Document type: Sale
Year: 1274
Scribe: [Unknown]
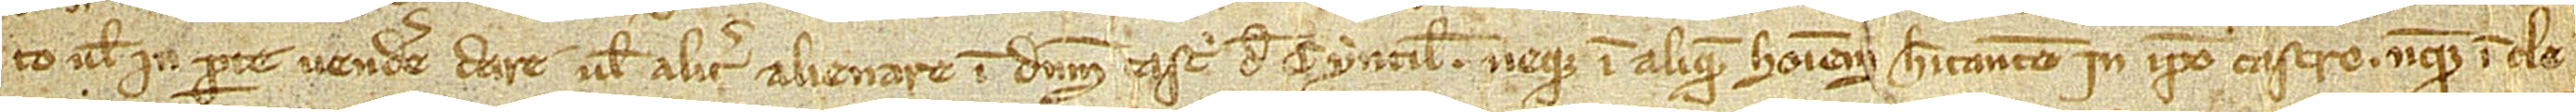
to vel in parte vendere, dare vel aliter alienare in dominum castri de Cyntilis, neque in aliquem hominem habitantem in ipso castro, neque in cle-